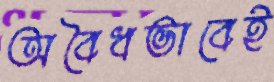
অবৈধভাবেই